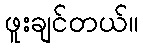
ဖူးချင်တယ်။